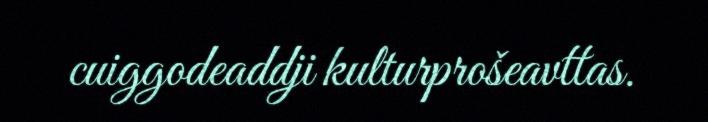
cuiggodeaddji kulturprošeavttas.